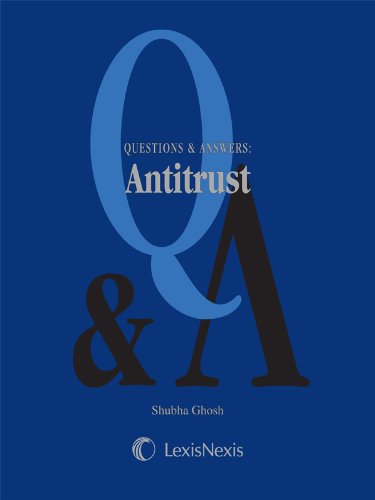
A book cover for Questions & Answers: Antitrust; Shubha Ghosh; Law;